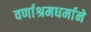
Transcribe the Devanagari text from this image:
वर्णाश्रमधर्माने